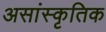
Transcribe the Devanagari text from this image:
असांस्कृतिक